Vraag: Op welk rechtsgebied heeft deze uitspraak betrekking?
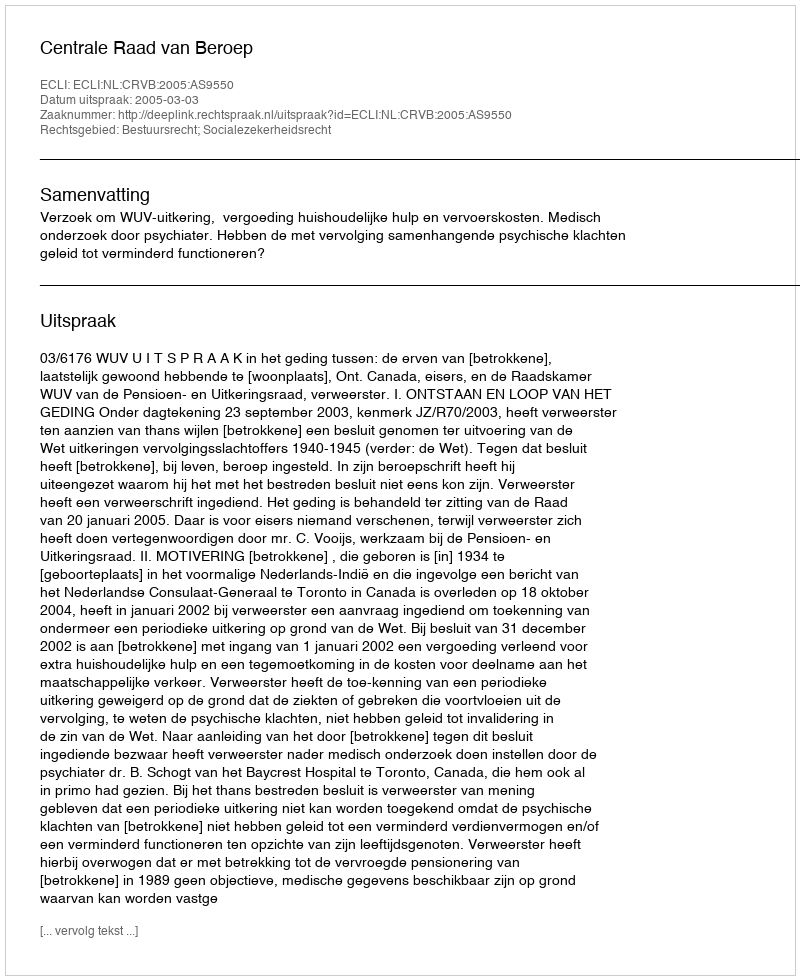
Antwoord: Bestuursrecht; Socialezekerheidsrecht